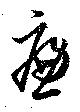
遍